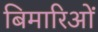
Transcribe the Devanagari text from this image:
बिमारिओं